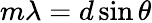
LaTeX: m\lambda=d\sin\theta